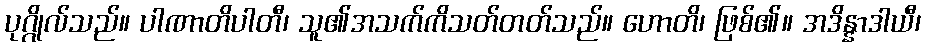
ပုဂ္ဂိုလ်သည်။ ပါဏာတိပါတီ၊ သူ၏အသက်ကိသတ်တတ်သည်။ ဟောတိ၊ ဖြစ်၏။ အဒိန္နာဒါယီ၊